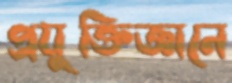
প্রযুক্তিজ্ঞানে